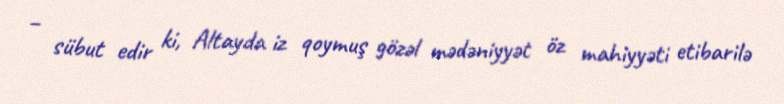
– sübut edir ki, Altayda iz qoymuş gözəl mədəniyyət öz mahiyyəti etibarilə